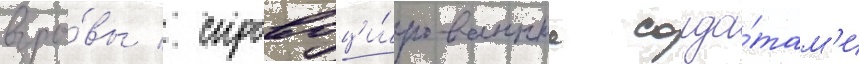
взры́вы / спровоци́рованные солда́там'и